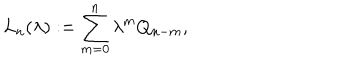
L _ { n } ( \lambda ) : = \sum _ { m = 0 } ^ { n } \lambda ^ { m } Q _ { n - m } ,